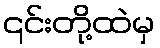
၎င်းတို့ထဲမှ